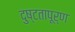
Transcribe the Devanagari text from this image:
दुष्टतापूर्ण